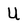
Character: U